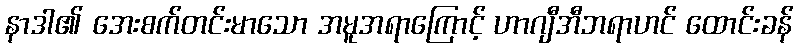
နာဒါ၏ အေးစက်တင်းမာသော အမူအရာကြောင့် ဟာဂျီအီဘရာဟင် ထောင်းခန်